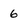
Character: 6